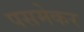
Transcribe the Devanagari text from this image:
पसमेकर